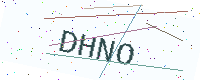
Text: DHNO